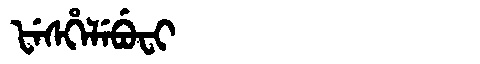
Manchu: ᡶᡝᠰᡥᡝᠯᡝᠪᡠᠸᡳ
Romanization: FESHELEBUFI